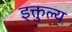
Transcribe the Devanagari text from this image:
इक्तुल्य